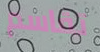
تقاسم